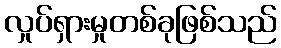
လှုပ်ရှားမှုတစ်ခုဖြစ်သည်